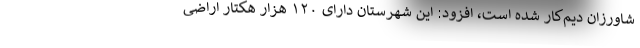
شاورزان دیم‌کار شده است، افزود: این شهرستان دارای ۱۲۰ هزار هکتار اراضی